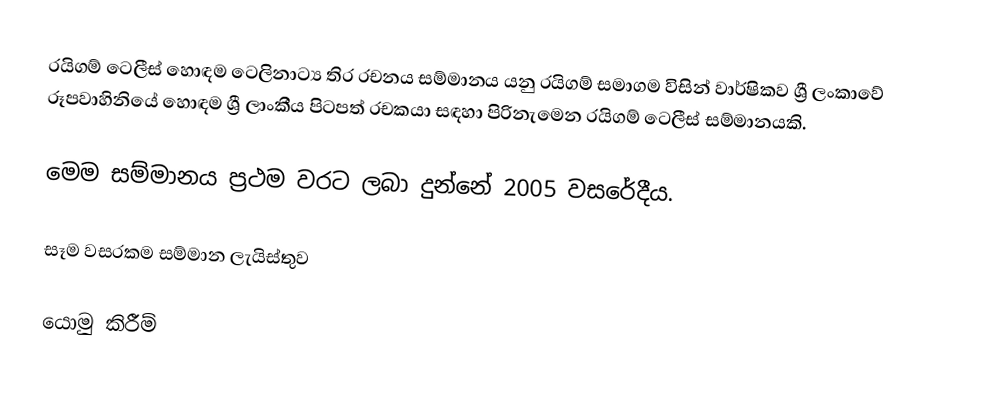
රයිගම් ටෙලීස් හොඳම ටෙලිනාට්‍ය තිර රචනය සම්මානය යනු රයිගම් සමාගම විසින් වාර්ෂිකව ශ්‍රී ලංකාවේ රූපවාහිනියේ හොඳම ශ්‍රී ලාංකීය පිටපත් රචකයා සඳහා පිරිනැමෙන රයිගම් ටෙලීස් සම්මානයකි.

මෙම සම්මානය ප්‍රථම වරට ලබා දුන්නේ 2005 වසරේදීය.

සෑම වසරකම සම්මාන ලැයිස්තුව

යොමු කිරීම්